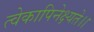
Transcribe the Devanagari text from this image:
त्वेकापिनेक्ष्यते।।